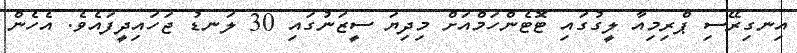
އިނގިރޭސި ޕްރިމިއާ ލީގުގައި ޓޮޓެންހަމްއަށް މިދިޔަ ސީޒަނުގައި 30 ލަނޑު ޖަހައިދީފައެވެ. އެހެން